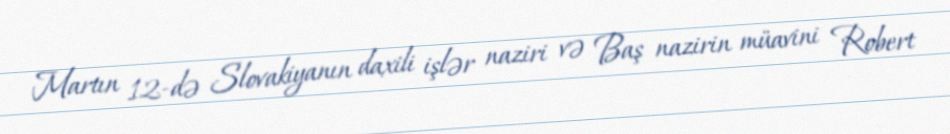
Martın 12-də Slovakiyanın daxili işlər naziri və Baş nazirin müavini Robert